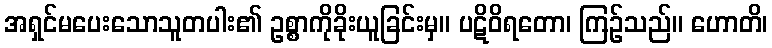
အရှင်မပေးသောသူတပါး၏ ဥစ္စာကိုခိုးယူခြင်းမှ။ ပဋိဝိရတော၊ ကြဉ်သည်။ ဟောတိ၊